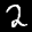
Label: 2